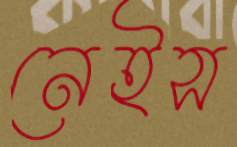
নেইস